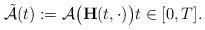
LaTeX: \begin{align*}\tilde{\mathcal{A}}(t) := \mathcal{A}\big(\mathbf{H}(t, \cdot)\big) t \in [0, T]. \end{align*}